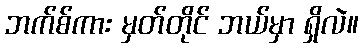
ဘက်စ်ကား မှတ်တိုင် ဘယ်မှာ ရှိလဲ။